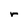
Character: r